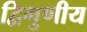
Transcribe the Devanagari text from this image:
द्विगुणीय